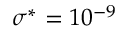
\sigma ^ { * } = 1 0 ^ { - 9 }